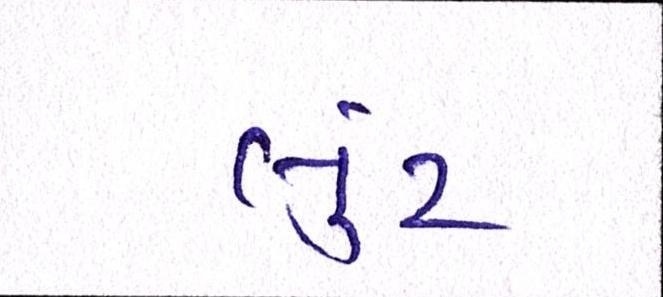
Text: લુંટ